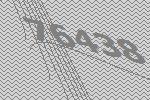
76438